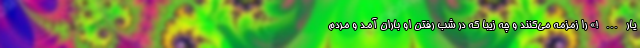
يار…!» را زمزمه می‌کنند و چه زیبا که در شب رفتن او باران آمد و مردم